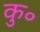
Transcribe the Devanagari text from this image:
कु॰